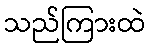
သည်ကြားထဲ